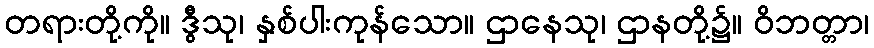
တရားတို့ကို။ ဒွီသု၊ နှစ်ပါးကုန်သော။ ဌာနေသု၊ ဌာနတို့၌။ ဝိဘတ္တာ၊